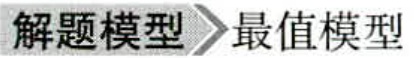
解题模型\(>\)最值模型